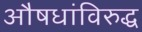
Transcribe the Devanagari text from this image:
औषधांविरुद्ध